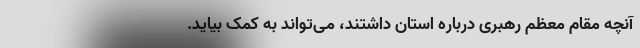
آنچه مقام معظم رهبری درباره استان داشتند، می‌تواند به کمک بیاید.